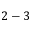
2 - 3